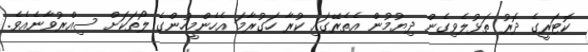
ކޮޓަރީގެ ދޮރު ތަޅުލެވިގެން ދިޔުމުން އެތެރޭގައި ކުރާ ހަގުރާމަ އެހެންމީހުންގެ ލޯތަކަށް ސިއްރުވާނެއެވެ.